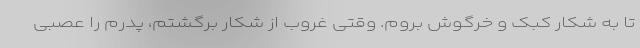
تا به شکار کبک و خرگوش بروم. وقتی غروب از شکار برگشتم، پدرم را عصبی